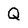
Character: Q